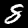
Label: 8